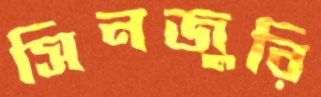
সিনজুরি